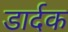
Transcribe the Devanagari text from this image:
डार्दक